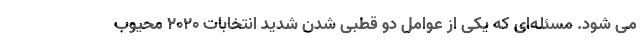
می شود. مسئله‌ای که یکی از عوامل دو قطبی شدن شدید انتخابات 2020 محیوب